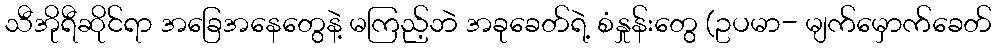
သီအိုရီဆိုင်ရာ အခြေအနေတွေနဲ့ မကြည့်ဘဲ အခုခေတ်ရဲ့ စံနှုန်းတွေ (ဥပမာ- မျက်မှောက်ခေတ်